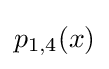
p_{1,4}(x)